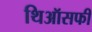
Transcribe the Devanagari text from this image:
थिऑसफी